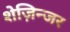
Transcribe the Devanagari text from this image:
शेज़िन्जर